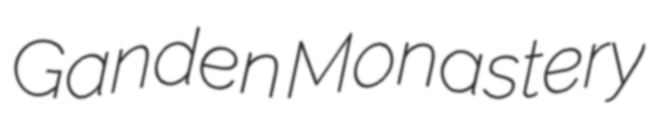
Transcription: Ganden Monastery